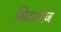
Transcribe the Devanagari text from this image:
मिटरगेज